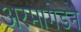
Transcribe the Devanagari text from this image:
अरमागेडन